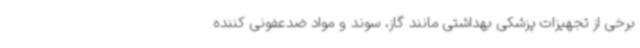
برخی از تجهیزات پزشکی بهداشتی مانند گاز، سوند و مواد ضدعفونی کننده